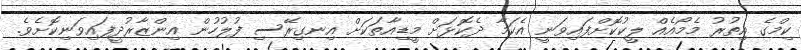
ކިމްގެ އިތުރު މެމޯއެއް ލީކުކޮށްފައިވަނީ އެކަމާ ދެކޮޅަށް މީޑިއާތަކަށް އިނގިރޭސި ފުލުހުން އިންޒާރުދީފައިވަނިކޮށެވެ.